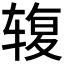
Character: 𰺓